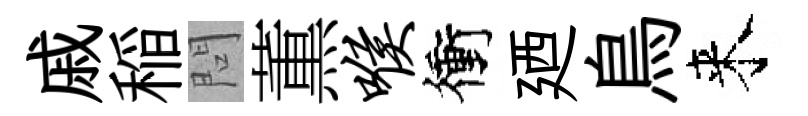
戚稲問薫喉衝廼鳥来